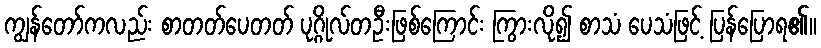
ကျွန်တော်ကလည်း စာတတ်ပေတတ် ပုဂ္ဂိုလ်တဦးဖြစ်ကြောင်း ကြွားလို၍ စာသံ ပေသံဖြင့် ပြန်ပြောရ၏။